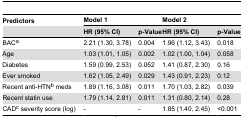
| Predictors | <COLSPAN=2> Model 1 | <COLSPAN=2> Model 2 |
 |  | HR (95% CI) | p-Value | HR (95% CI) | p-Value |
 | --- | --- | --- | --- | --- |
 | BACa | 2.21 (1.30, 3.78) | 0.004 | 1.96 (1.12, 3.43) | 0.018 |
 | Age | 1.03 (1.01, 1.05) | 0.002 | 1.02 (1.00, 1.04) | 0.058 |
 | Diabetes | 1.59 (0.99, 2.53) | 0.052 | 1.41 (0.87, 2.30) | 0.16 |
 | Ever smoked | 1.62 (1.05, 2.49) | 0.029 | 1.43 (0.91, 2.23) | 0.12 |
 | Recent anti-HTNb meds | 1.89 (1.16, 3.08) | 0.011 | 1.70 (1.03, 2.82) | 0.039 |
 | Recent statin use | 1.79 (1.14, 2.81) | 0.011 | 1.31 (0.80, 2.14) | 0.28 |
 | CADc severity score (log) | - | - | 1.85 (1.40, 2.45) | <0.001 |